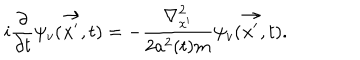
i \frac { \partial } { \partial t } \psi _ { v } ( \vec { x ^ { \prime } } , t ) = - \frac { { \nabla } _ { x ^ { \prime } } ^ { 2 } } { 2 a ^ { 2 } ( t ) m } \psi _ { v } ( \vec { x ^ { \prime } } , t ) .